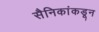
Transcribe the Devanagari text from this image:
सैनिकांकडून